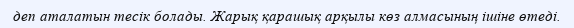
деп аталатын тесік болады. Жарық қарашық арқылы көз алмасының ішіне өтеді.